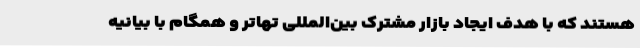
هستند که با هدف ایجاد بازار مشترک بین‌المللی تهاتر و همگام با بیانیه